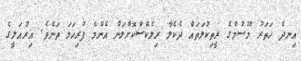
އިނދެ ހަތަރު މޫސުމްގެ ރީތިކުލަތައް ދެކެލާ ރިލެކްސްކޮށްލަން އެންމެ ފުރިހަމަ ތަނެވެ. އިރުއަލީގެ